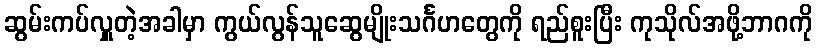
ဆွမ်းကပ်လှူတဲ့အခါမှာ ကွယ်လွန်သူဆွေမျိုးသင်္ဂဟတွေကို ရည်စူးပြီး ကုသိုလ်အဖို့ဘာဂကို